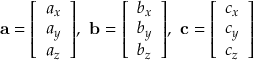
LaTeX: \mathbf { a } = { \left[ \begin{array} { l } { a _ { x } } \\ { a _ { y } } \\ { a _ { z } } \end{array} \right] } , \ \mathbf { b } = { \left[ \begin{array} { l } { b _ { x } } \\ { b _ { y } } \\ { b _ { z } } \end{array} \right] } , \ \mathbf { c } = { \left[ \begin{array} { l } { c _ { x } } \\ { c _ { y } } \\ { c _ { z } } \end{array} \right] }